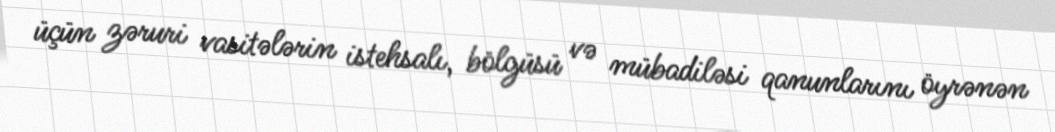
üçün zəruri vasitələrin istehsalı, bölgüsü və mübadiləsi qanunlarını öyrənən